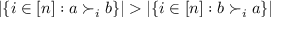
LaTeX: | \{ i \in [ n ] : a \succ _ { i } b \} | > | \{ i \in [ n ] : b \succ _ { i } a \} |